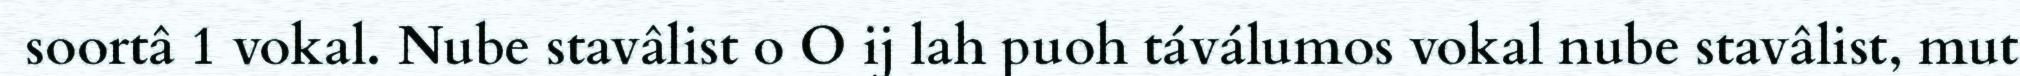
soortâ 1 vokal. Nube stavâlist o O ij lah puoh táválumos vokal nube stavâlist, mut